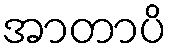
အာတာပိ